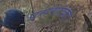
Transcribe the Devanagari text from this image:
प्रसंगएका